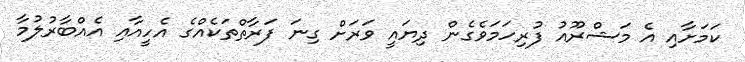
ކަމަށާއި އެ މަޝްރޫއު ފުރިހަމަވެގެން ދިޔައީ ވަރަށް ގިނަ ފަރާތްތަކެއްގެ އެހީއާއި އެއްބާރުލުމާ